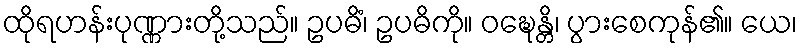
ထိုရဟန်းပုဏ္ဏားတို့သည်။ ဥပဓိံ၊ ဥပဓိကို။ ဝဍ္ဎေန္တိ၊ ပွားစေကုန်၏။ ယေ၊